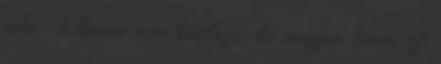
neki. A bacon nem kötelező, de nagyon finom ízt